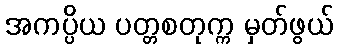
အကပ္ပိယ ပတ္တစတုက္က မှတ်ဖွယ်